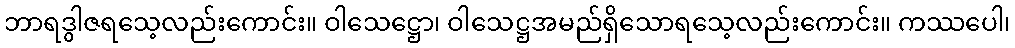
ဘာရဒွါဇရသေ့လည်းကောင်း။ ဝါသေဋ္ဌော၊ ဝါသေဋ္ဌအမည်ရှိသောရသေ့လည်းကောင်း။ ကဿပေါ၊